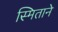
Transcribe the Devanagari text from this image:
स्मिताने